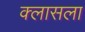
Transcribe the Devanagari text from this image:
क्लासला